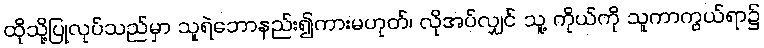
ထိုသို့ပြုလုပ်သည်မှာ သူရဲဘောနည်း၍ကားမဟုတ်၊ လိုအပ်လျှင် သူ့ ကိုယ်ကို သူကာကွယ်ရာ၌